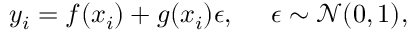
\begin{array} { r } { y _ { i } = f ( x _ { i } ) + g ( x _ { i } ) \epsilon , \: \: \: \: \: \: \epsilon \sim \mathcal { N } ( 0 , 1 ) , } \end{array}